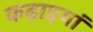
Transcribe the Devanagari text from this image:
कढ़ाइयां